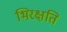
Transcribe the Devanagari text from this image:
भिरक्षति